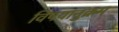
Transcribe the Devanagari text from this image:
विषयानुक्रम